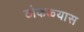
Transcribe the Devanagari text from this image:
ठोकळ्यास